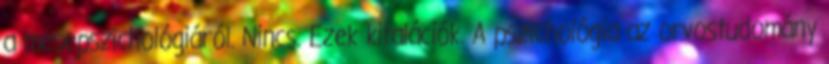
a mesepszichológiáról. Nincs. Ezek kitalációk. A pszichológia az orvostudomány